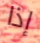
إذا